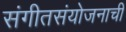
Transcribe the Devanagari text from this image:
संगीतसंयोजनाची